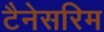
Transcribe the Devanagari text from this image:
टैनेसरिम